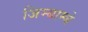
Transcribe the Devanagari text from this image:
जिम्बाम्बे